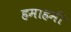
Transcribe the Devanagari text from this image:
हमाहमी